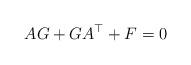
LaTeX: \begin{align*} A G + G A^\top + F = 0\end{align*}